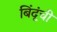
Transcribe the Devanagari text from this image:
बिंदूंची